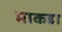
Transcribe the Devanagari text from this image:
माकडा